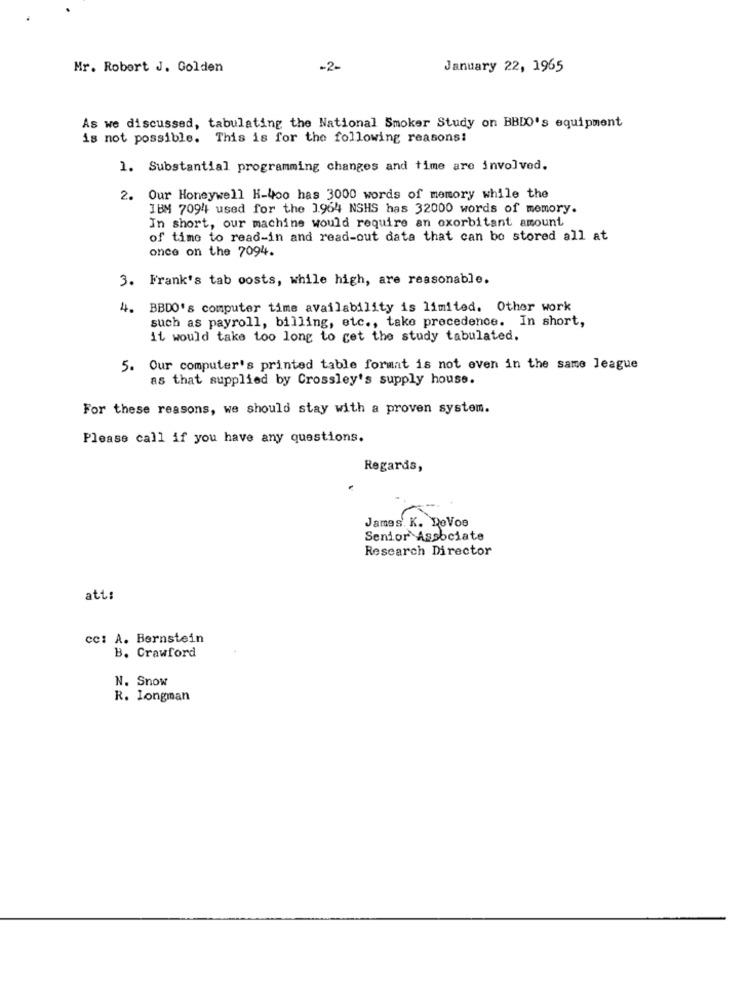
Mr. Robert J. Golden
-2-
January 22, 1965
As we discussed, tabulating the National Smoker Study on BBDO's equipment
is not possible. This is for the following reasons:
1. Substantial programming changes and time are involved.
2. Our Honeywell H-400 has 3000 words of memory while the
IBM 7094 used for the 1964 NSHS has 32000 words of memory.
In short, our machine would require an exorbitant amount
of time to read-in and read-out data that can be stored all at
once on the 7094.
3. Frank's tab oosts, while high, are reasonable.
4. BBDO's computer time availability is limited. Other work
such as payroll, billing, etc ., take precedence. In short,
it would take too long to get the study tabulated.
5. Our computer's printed table format is not even in the same league
as that supplied by Crossley's supply house.
For these reasons, we should stay with a proven system.
Please call if you have any questions.
Regards,
James. K. RoVos
Senior Associate
Research Director
att:
cc: A. Bernstein
B. Crawford
N. Snow
R. Longman